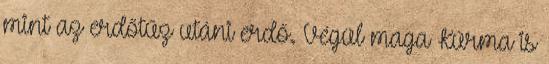
mint az erdőtűz utáni erdő. Végül maga Kúrma is